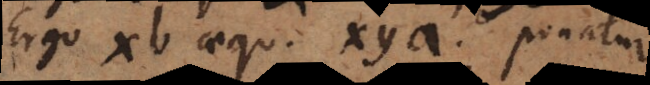
Ergo xb aequ. xya. Ponatur